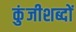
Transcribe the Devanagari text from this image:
कुंजीशब्दों